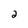
Character: 2